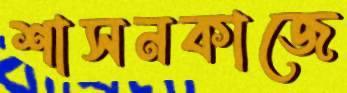
শাসনকাজে